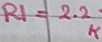
Text: R1=2.2K